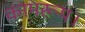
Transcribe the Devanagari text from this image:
कामरूप।